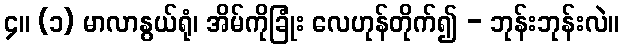
၄။ (၁) မာလာနွယ်ရုံ၊ အိမ်ကိုခြုံး လေဟုန်တိုက်၍ - ဘုန်းဘုန်းလဲ။